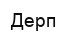
Дерп